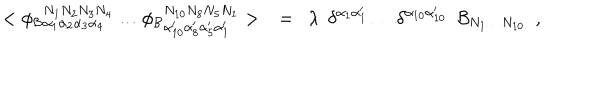
< \phi _ { \mathcal { B } } { } _ { \alpha _ { 1 } \alpha _ { 2 } \alpha _ { 3 } \alpha _ { 4 } } ^ { N _ { 1 } N _ { 2 } N _ { 3 } N _ { 4 } } \ldots \phi _ { \mathcal { B } } { } _ { \alpha _ { 1 0 } ^ { \prime } \alpha _ { 8 } ^ { \prime } \alpha _ { 5 } ^ { \prime } \alpha _ { 1 } ^ { \prime } } ^ { N _ { 1 0 } N _ { 8 } N _ { 5 } N _ { 1 } } > \ \ = \ \ \lambda \ \ \delta ^ { \alpha _ { 1 } \alpha _ { 1 } ^ { \prime } } \ldots \delta ^ { \alpha _ { 1 0 } \alpha _ { 1 0 } ^ { \prime } } \ \ { \mathcal { B } } _ { N _ { 1 } \ldots N _ { 1 0 } } ~ ~ ,